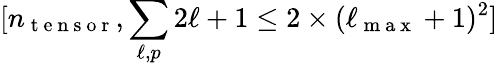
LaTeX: [n_{\mathrm{~t~e~n~s~o~r~}},\sum_{\ell,p}{2\ell+1}\leq 2\times(\ell_{\mathrm{~m~a~x~}}+1)^{2}]